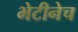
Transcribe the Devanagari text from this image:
भेटीनेच